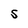
Character: S